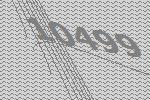
10499